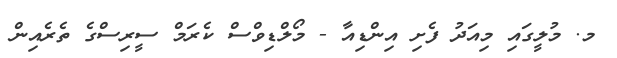
މ. މުލީގައި މިއަދު ފެށި އިންޑިއާ - މޯލްޑިވްސް ކެރަމް ސީރިސްގެ ތެރެއިން